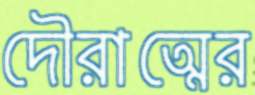
দৌরাত্মের